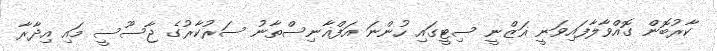
ކާރުބޮން ގޮއްވާލާފައިވަނީ ޣަޒްނީ ސިޓީގައި ހުންނަ އަފްޣާނިސްތާނު ސަރުކާރުގެ ޖާސޫސީ މައި އިދާރާ